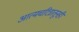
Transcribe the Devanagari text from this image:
आत्मचरित्रातूनही